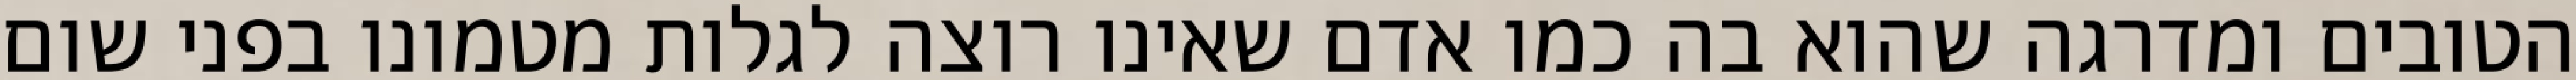
הטובים ומדרגה שהוא בה כמו אדם שאינו רוצה לגלות מטמונו בפני שום